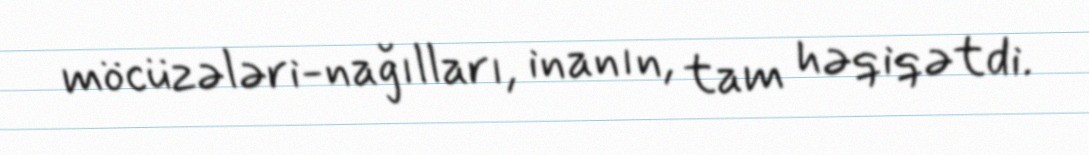
möcüzələri-nağılları, inanın, tam həqiqətdi.